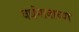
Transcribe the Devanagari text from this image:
वर्धमानाच्या